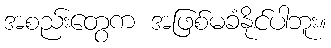
အစည်းတွေက အဖြစ်မခံနိုင်ပါဘူး။